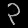
Digit: ၃